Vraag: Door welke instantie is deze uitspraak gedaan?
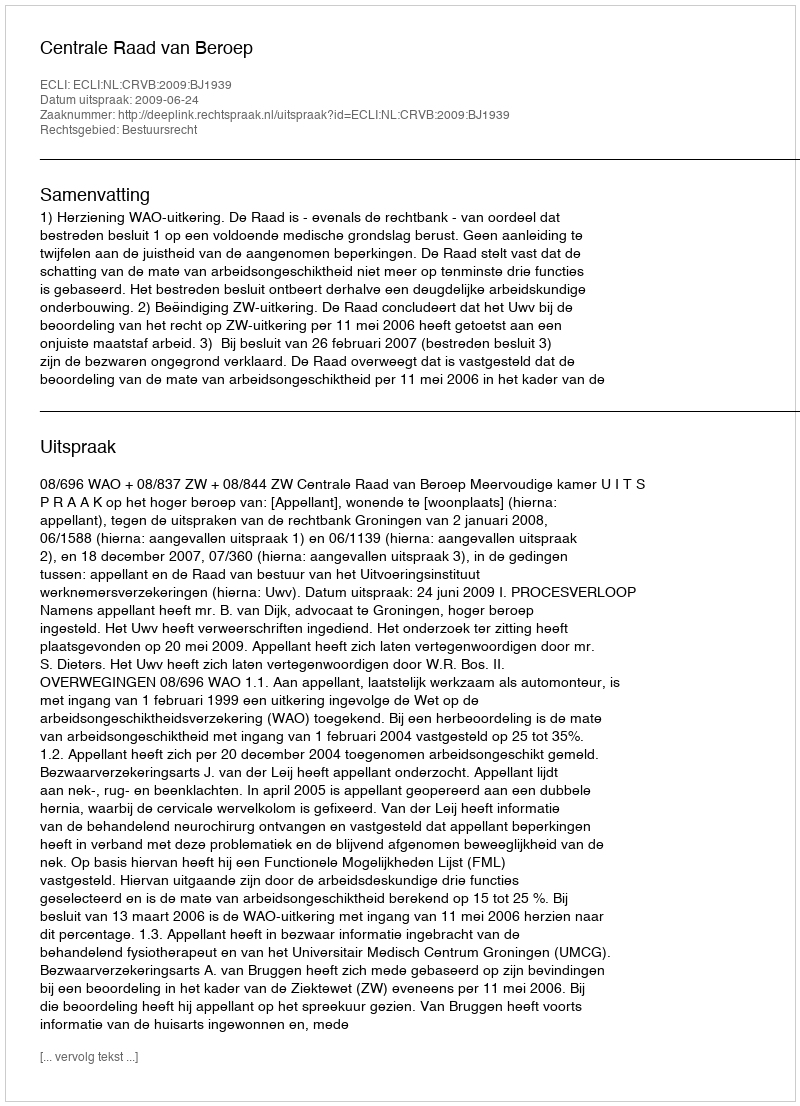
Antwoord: Centrale Raad van Beroep